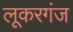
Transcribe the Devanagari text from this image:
लूकरगंज